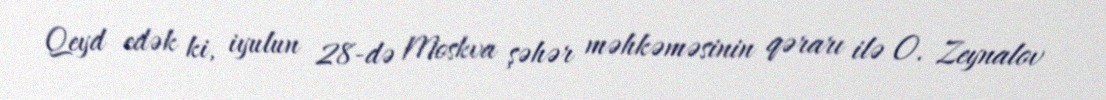
Qeyd edək ki, iyulun 28-də Moskva şəhər məhkəməsinin qərarı ilə O. Zeynalov